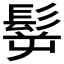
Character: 𩬸